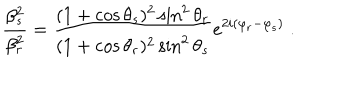
LaTeX: \frac { \beta _ { s } ^ { 2 } } { \beta _ { r } ^ { 2 } } = \frac { ( 1 + \cos \theta _ { s } ) ^ { 2 } \sin ^ { 2 } \theta _ { r } } { ( 1 + \cos \theta _ { r } ) ^ { 2 } \sin ^ { 2 } \theta _ { s } } e ^ { 2 i ( \varphi _ { r } - \varphi _ { s } ) } \; .